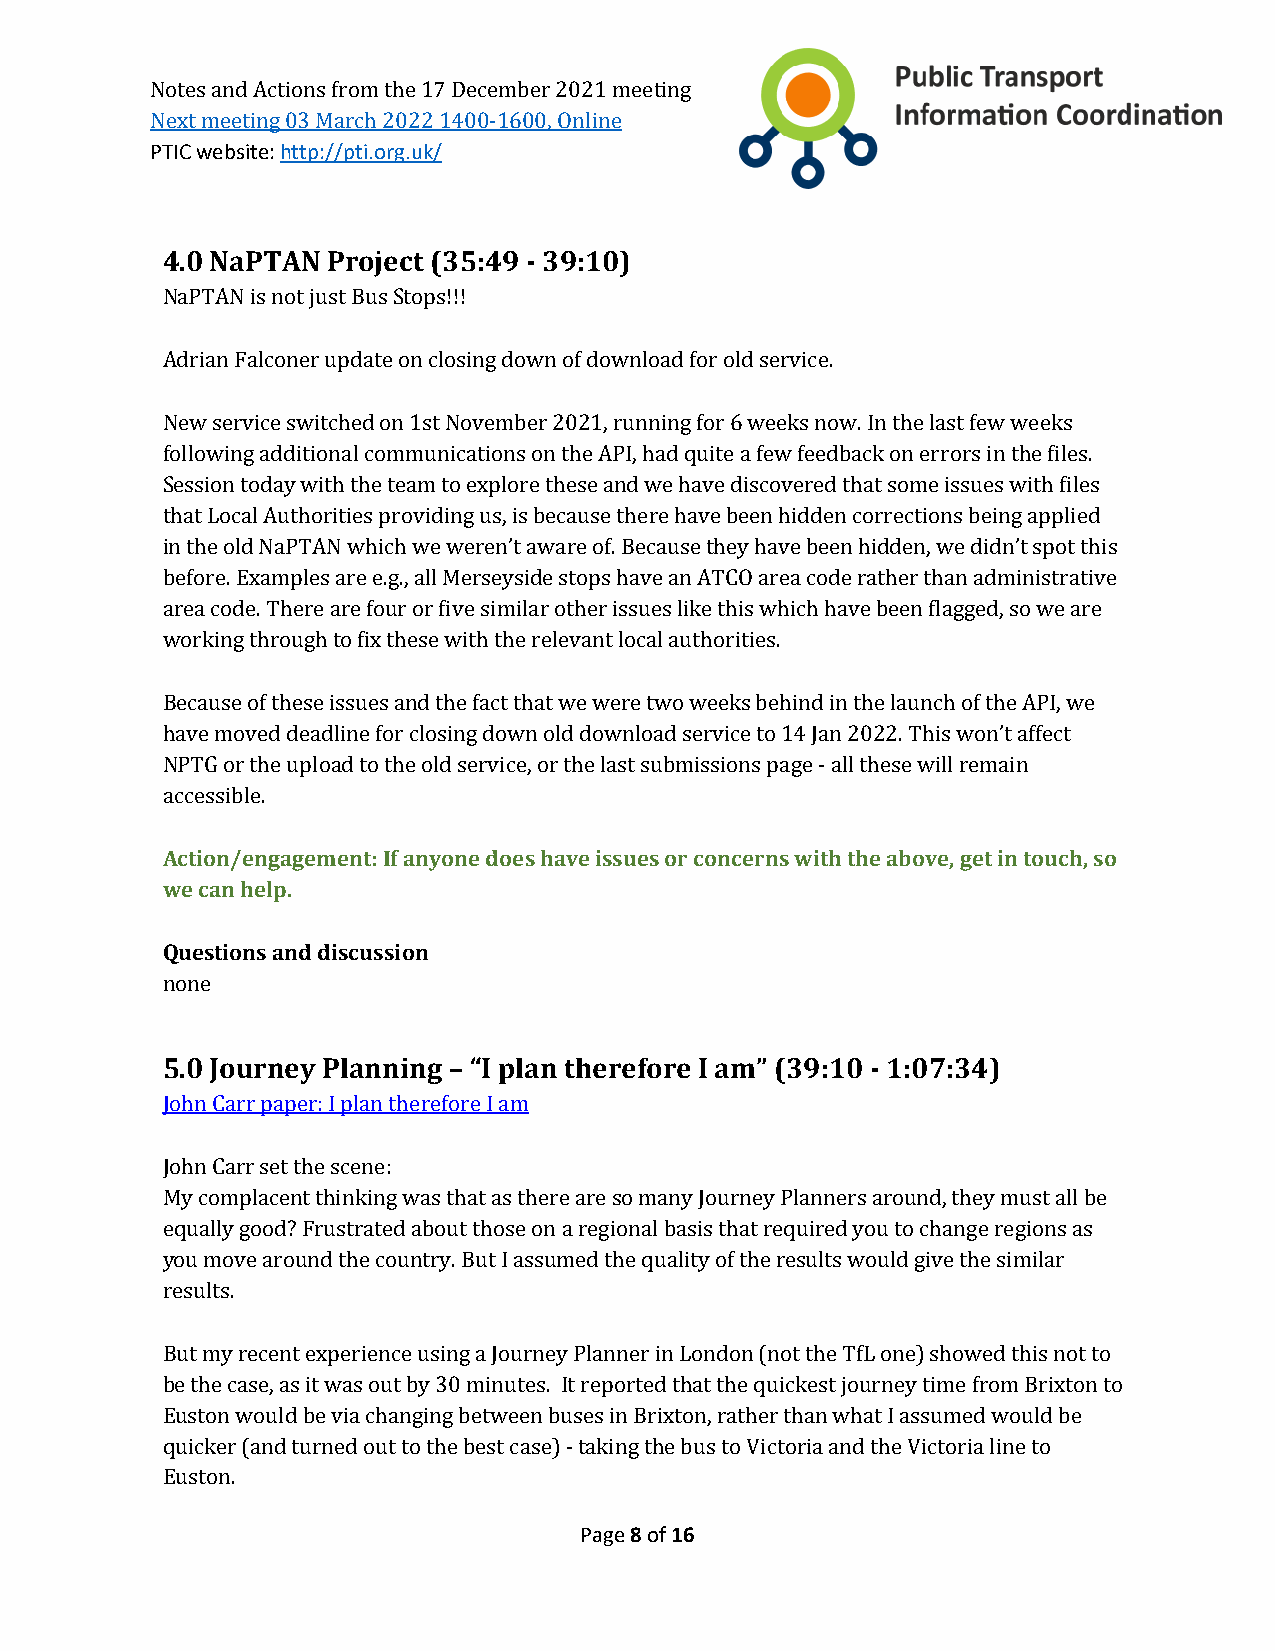
Notes and Actions from the 17 December 2021 meeting
 PTIC website: http://pti.org.uk/
 Next meeting 03 March 2022 1400-1600, Online
 4.0 NaPTAN Project (35:49 - 39:10)
 NaPTAN is not just Bus Stops!!!
 Adrian Falconer update on closing down of download for old service.
 New service switched on 1st November 2021, running for 6 weeks now. In the last few weeks
 following additional communications on the API, had quite a few feedback on errors in the files.
 Session today with the team to explore these and we have discovered that some issues with files
 that Local Authorities providing us, is because there have been hidden corrections being applied
 in the old NaPTAN which we weren’t aware of. Because they have been hidden, we didn’t spot this
 before. Examples are e.g., all Merseyside stops have an ATCO area code rather than administrative
 area code. There are four or five similar other issues like this which have been flagged, so we are
 working through to fix these with the relevant local authorities.
 Because of these issues and the fact that we were two weeks behind in the launch of the API, we
 have moved deadline for closing down old download service to 14 Jan 2022. This won’t affect
 NPTG or the upload to the old service, or the last submissions page - all these will remain
 accessible.
 Action/engagement:If anyone does have issues or concerns with the above, get in touch, so
 we can help.
 Questions and discussion
 none
 5.0 Journey Planning – “I plan therefore I am” (39:10 - 1:07:34)
 John Carr paper: I plan therefore I am
 John Carr set the scene:
 My complacent thinking was that as there are so many Journey Planners around, they must all be
 equally good? Frustrated about those on a regional basis that required you to change regions as
 you move around the country. But I assumed the quality of the results would give the similar
 results.
 But my recent experience using a Journey Planner in London (not the TfL one) showed this not to
 be the case, as it was out by 30 minutes. It reported that the quickest journey time from Brixton to
 Euston would be via changing between buses in Brixton, rather than what I assumed would be
 quicker (and turned out to the best case) - taking the bus to Victoria and the Victoria line to
 Euston.
 Page 8 of 16